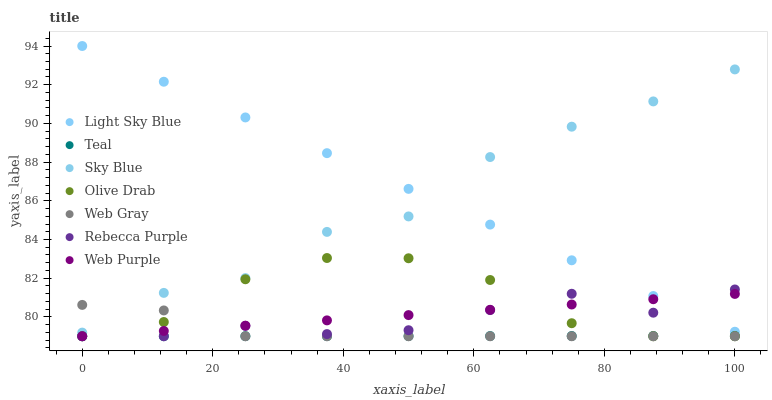
| xaxis_label | Light Sky Blue | Teal | Sky Blue | Olive Drab | Web Gray | Rebecca Purple | Web Purple |
 | --- | --- | --- | --- | --- | --- | --- | --- |
 | 0 | 94 | 79 | 79.2 | 79 | 80.6 | 79 | 79 |
 | 12.5 | 92.2 | 79 | 81.2 | 79.7 | 80.3 | 79 | 79.3 |
 | 25 | 90.3 | 79 | 82 | 81.9 | 79 | 79.5 | 79.5 |
 | 37.5 | 88.5 | 79 | 84.4 | 83 | 79 | 79.1 | 79.8 |
 | 50 | 86.6 | 79 | 85.2 | 83 | 79 | 79.3 | 80.1 |
 | 62.5 | 84.8 | 79 | 88.3 | 81.9 | 79 | 80.4 | 80.4 |
 | 75 | 82.9 | 79 | 89.8 | 79.7 | 79 | 81.2 | 80.6 |
 | 87.5 | 81.1 | 79 | 91.1 | 79 | 79 | 80.2 | 80.9 |
 | 100 | 79.2 | 79 | 92.8 | 79 | 79 | 81.4 | 81.2 |